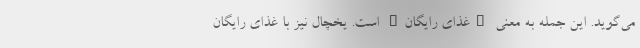
می‌گوید. این جمله به معنی "غذای رایگان" است. یخچال نیز با غذای رایگان